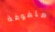
ملفوفة